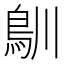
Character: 𩾧